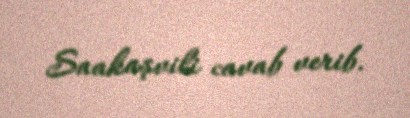
Saakaşvili cavab verib.